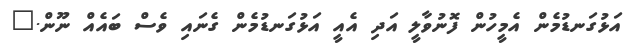
އަޅުގަނޑުމެން އެމީހުން ފޮނުވާލީ އަދި އެއީ އަޅުގަނޑުމެން ގެނައި ވެސް ބައެއް ނޫން."